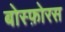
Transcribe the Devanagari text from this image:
बोस्फ़ोरस